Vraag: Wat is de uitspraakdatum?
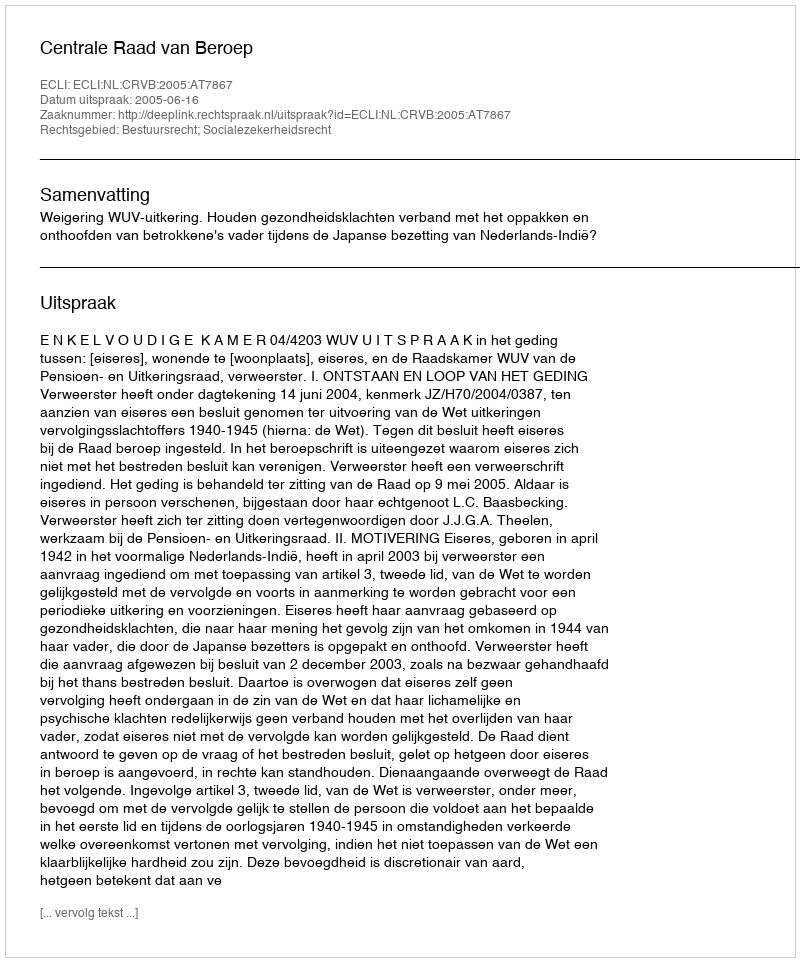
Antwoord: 2005-06-16